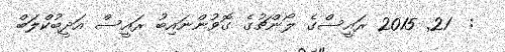
:  21